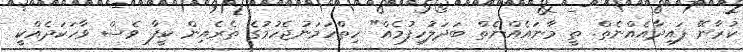
ކުރާނޭ ފައިދާއެއްނެތް. ތީ މާނައެއްނެތް ބަދަލުހިފުމެއް" ހިތްހަމަނުޖެހުމުގެ ތެރެއިން ކީފާ ވެސް ވާހަކަދެއްކީ